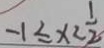
- 1 \leq x < \frac { 1 } { 2 }